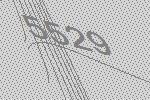
5529